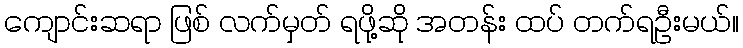
ကျောင်းဆရာ ဖြစ် လက်မှတ် ရဖို့ဆို အတန်း ထပ် တက်ရဦးမယ်။